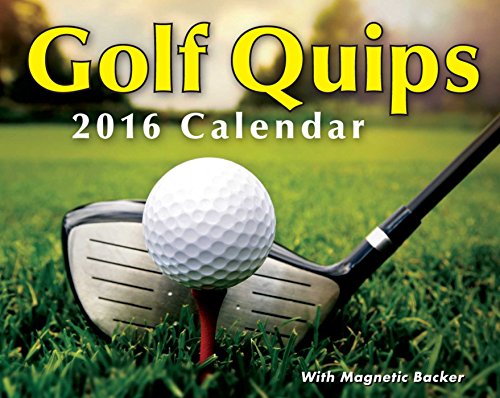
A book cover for Golf Quips 2016 Mini Day-to-Day Calendar; Andrews McMeel Publishing LLC; Calendars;